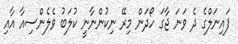
ފައިނަލްގެ ދެ ވަނަ ޖާގަ ހޯދަން މިރޭ ނިކުންނާނީ ކުލަބު ވެލެންސިއާ އާއި